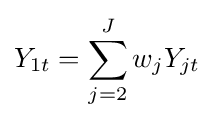
Y_{1t}=\sum _{j=2}^{J}w_{j}Y_{jt}